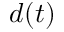
d ( t )